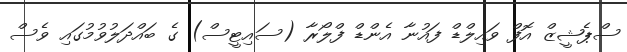
ސްޕެޝީޒް އޮފް ވައިލްޑް ފައުނާ އެންޑް ފްލޯރާ (ސައިޓީސް) ގެ ބައްދަލުވުމުގައި ވެސް